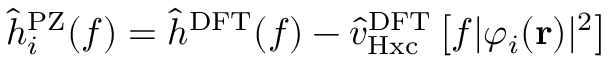
\hat { h } _ { i } ^ { \mathrm { P Z } } ( f ) = \hat { h } ^ { \mathrm { D F T } } ( f ) - \hat { v } _ { \mathrm { H x c } } ^ { \mathrm { D F T } } \left[ f \vert \varphi _ { i } ( \mathbf { r } ) \vert ^ { 2 } \right]